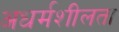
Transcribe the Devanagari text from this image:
अधर्मशीलता